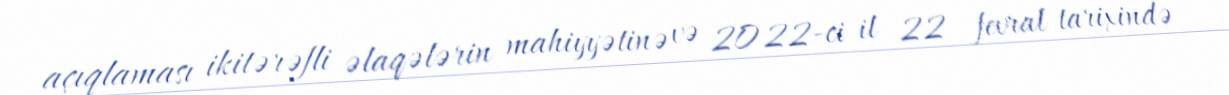
açıqlaması ikitərəfli əlaqələrin mahiyyətinə və 2022-ci il 22 fevral tarixində